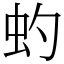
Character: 虳